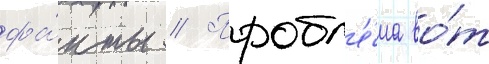
фа́кты // Пробл'е́ма во́т